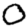
Digit: 0